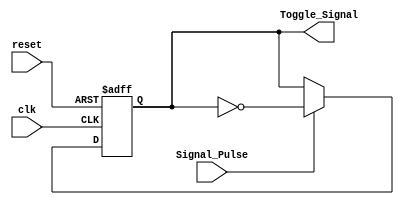
module Toggle
(
	// Input Ports
	input clk,
	input reset,
	input Signal_Pulse,

	// Output Ports
	output Toggle_Signal
);

reg Shot_reg;

/*------------------------------------------------------------------------------------------*/
/*Asignacion de estado*/

always@(posedge clk or negedge reset)
begin

if(reset == 1'b0) begin 
		Shot_reg <= 0;
end
else begin
	if(Signal_Pulse)
		Shot_reg <= !Shot_reg;
	end
end//end always
/*------------------------------------------------------------------------------------------*/


assign Toggle_Signal = Shot_reg;


endmodule